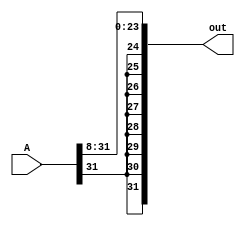
module ars8bit(A, out);

input [31:0] A;
output [31:0] out; 

assign out[23:0] = A[31:8];
assign out[31] = A[31]; 
assign out[30] = A[31]; 
assign out[29] = A[31]; 
assign out[28] = A[31];
assign out[27] = A[31]; 
assign out[26] = A[31]; 
assign out[25] = A[31]; 
assign out[24] = A[31];


endmodule